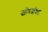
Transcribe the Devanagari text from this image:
जोरशंका